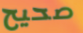
صحيح